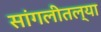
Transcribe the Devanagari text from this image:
सांगलीतल्या